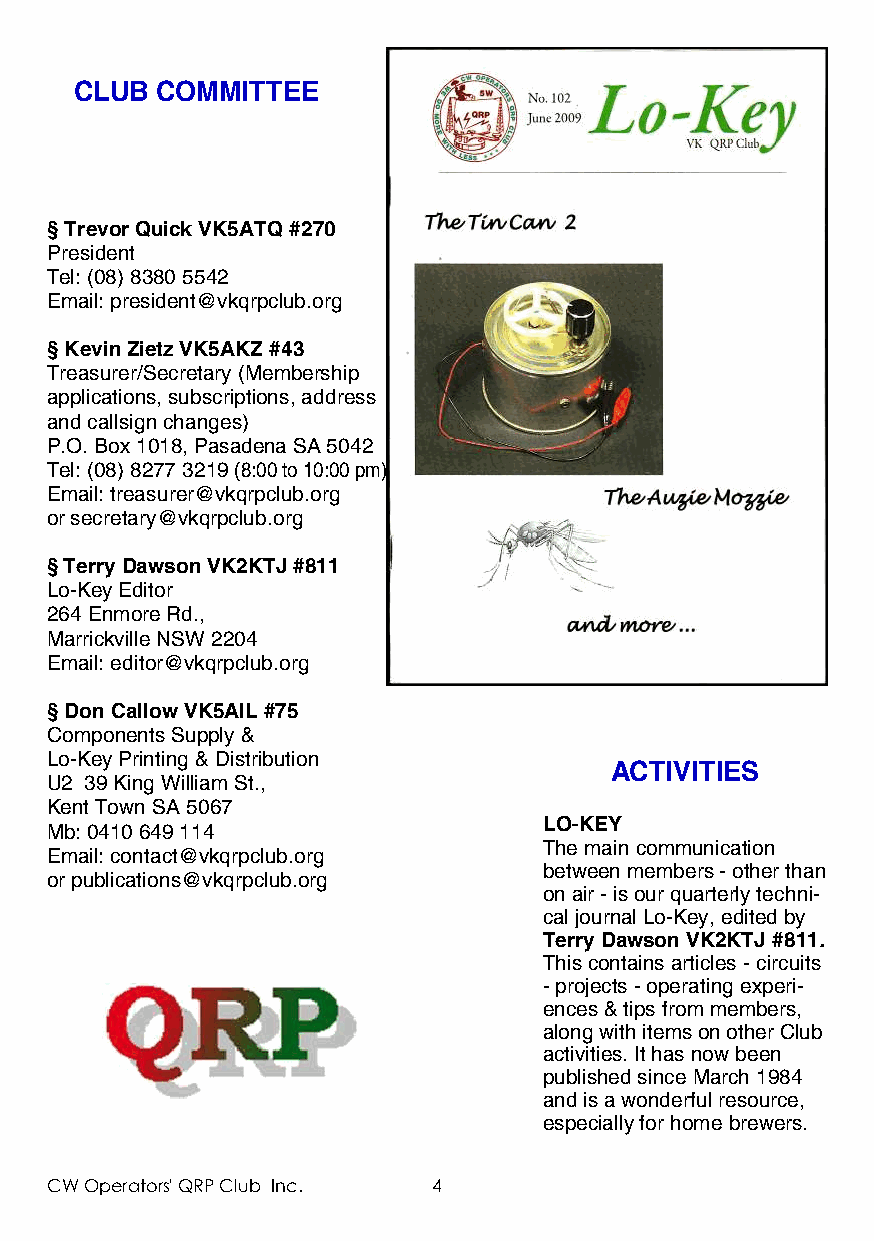
CLUB COMMITTEE
 § Trevor Quick VK5ATQ #270
 President
 Tel: (08) 8380 5542
 Email: president@vkqrpclub.org
 § Kevin Zietz VK5AKZ #43
 Treasurer/Secretary (Membership
 applications, subscriptions, address
 and callsign changes)
 P.O. Box 1018, Pasadena SA 5042
 Tel: (08) 8277 3219 (8:00 to 10:00 pm)
 Email: treasurer@vkqrpclub.org
 or secretary@vkqrpclub.org
 § Terry Dawson VK2KTJ #811
 Lo-Key Editor
 264 Enmore Rd.,
 Marrickville NSW 2204
 Email: editor@vkqrpclub.org
 § Don Callow VK5AIL #75
 Components Supply &
 Lo-Key Printing & Distribution
 ACTIVITIES
 U2 39 King William St.,
 Kent Town SA 5067
 LO-KEY
 Mb: 0410 649 114
 The main communication
 Email: contact@vkqrpclub.org
 between members - other than
 or publications@vkqrpclub.org
 on air - is our quarterly techni-
 cal journal Lo-Key, edited by
 Terry Dawson VK2KTJ #811.
 This contains articles - circuits
 - projects - operating experi-
 ences & tips from members,
 along with items on other Club
 activities. It has now been
 published since March 1984
 and is a wonderful resource,
 especially for home brewers.
 CW Operators' QRP Club Inc. 4